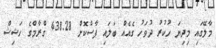
މާލޭގައި މިދިޔަ ހުކުރު ދުވަހު ގެއެއް ބަލައި ފާސްކޮށް 438.28 ގްރާމްގެ ހަޝިޝް